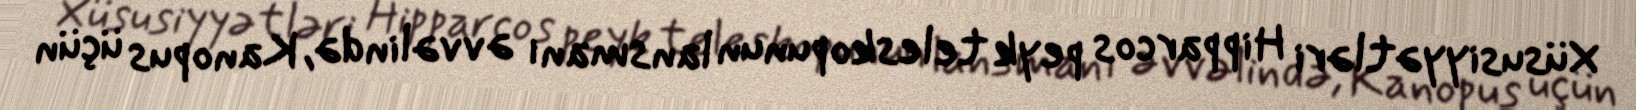
Xüsusiyyətləri Hipparcos peyk teleskopunun lansmanı əvvəlində, Kanopus üçün